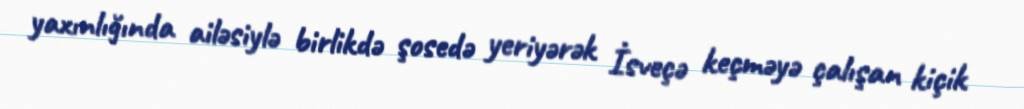
yaxınlığında ailəsiylə birlikdə şosedə yeriyərək İsveçə keçməyə çalışan kiçik